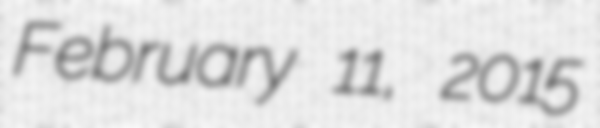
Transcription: February 11, 2015